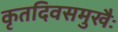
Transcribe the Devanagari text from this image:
कृतदिवसमुखैः